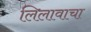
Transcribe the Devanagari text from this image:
लिलावाचा